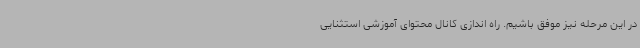
در این مرحله نیز موفق باشیم. راه اندازی کانال محتوای آموزشی استثنایی